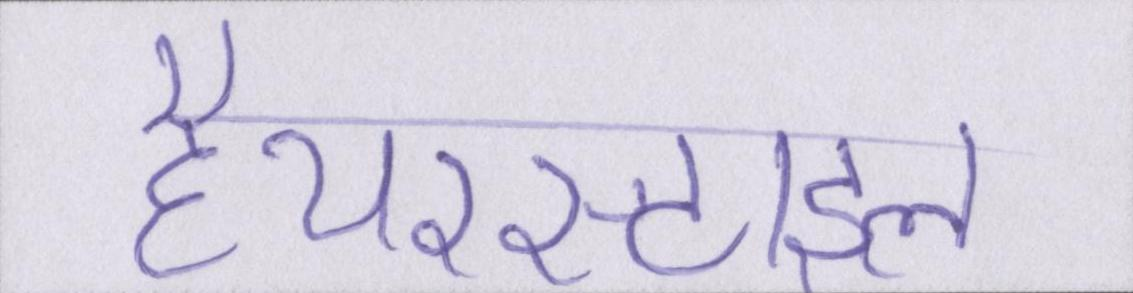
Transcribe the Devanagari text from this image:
हेयरस्टाइल